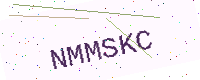
Text: NMMSKC